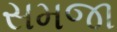
સમજા